Report on the working of the Ranchi Indian Mental Hospital, Kanke, in Bihar and Orissa - 1930-1940
Year: 1930
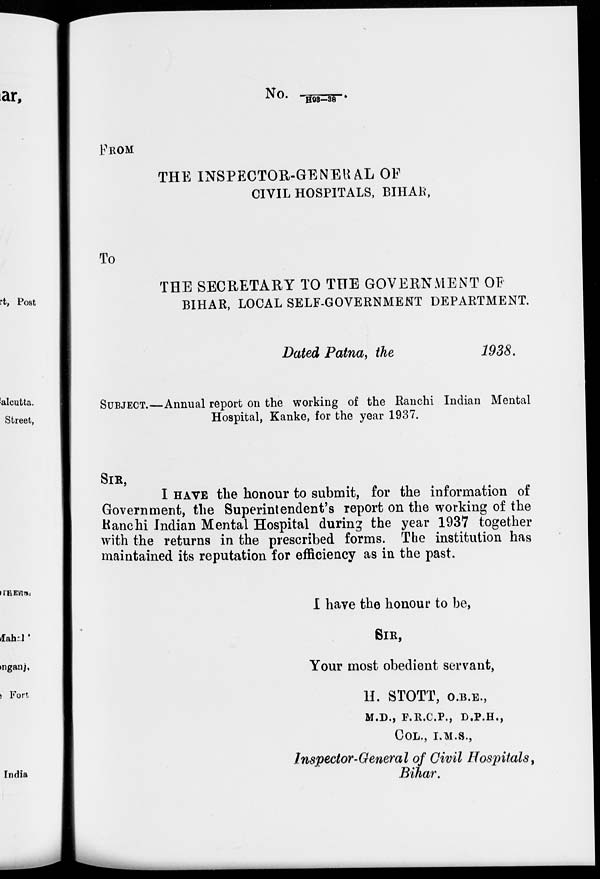
No. /H93—38.
FROM
THE INSPECTOR-GENERAL OF
CIVIL HOSPITALS, BIHAR,
To
THE SECRETARY TO THE GOVERNMENT OF
BIHAR, LOCAL SELF-GOVERNMENT DEPARTMENT.
Dated Patna, the
1938.
SUBJECT.—Annual report on the working of the Ranchi Indian Mental
Hospital, Kanke, for the year 1937.
SIR,
I HAVE the honour to submit, for the information of
Government, the Superintendent's report on the working of the
Ranchi Indian Mental Hospital during the year 1937 together
with the returns in the prescribed forms. The institution has
maintained its reputation for efficiency as in the past.
I have the honour to be,
SIR,
Your most obedient servant,
H. STOTT, O.B.E.,
M.D., F.R.C.P., D.P.H.,
COL., I.M.S.,
Inspector-General of Civil Hospitals,
Bihar.